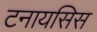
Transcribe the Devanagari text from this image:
टनायसिस